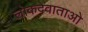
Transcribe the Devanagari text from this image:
लोकदेवाताओ